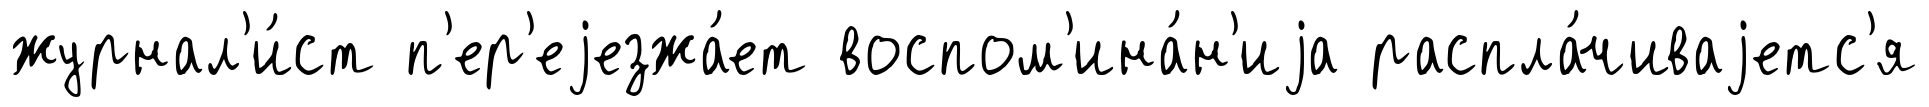
журнал'и́ст п'ер'еjезжа́ет воспом'ина́н'иjа распла́чиваjетс'я